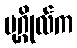
ပုဂ္ဂိုလ်က